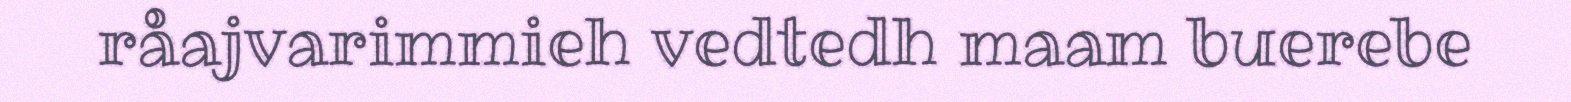
råajvarimmieh vedtedh maam buerebe